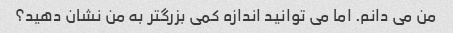
من می دانم. اما می توانید اندازه کمی بزرگتر به من نشان دهید؟